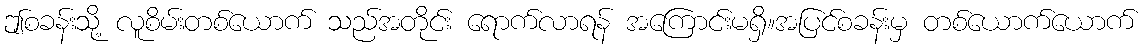
ဤစခန်းသို့ လူစိမ်းတစ်ယောက် သည်အတိုင်း ရောက်လာရန် အကြောင်းမရှိ။အပြင်စခန်းမှ တစ်ယောက်ယောက်